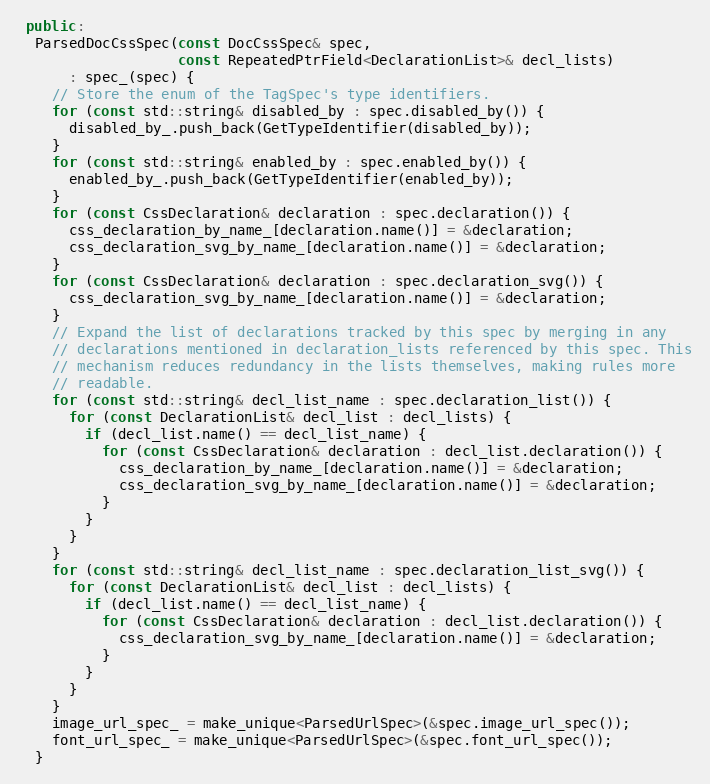
Language: C++
 public:
  ParsedDocCssSpec(const DocCssSpec& spec,
                   const RepeatedPtrField<DeclarationList>& decl_lists)
      : spec_(spec) {
    // Store the enum of the TagSpec's type identifiers.
    for (const std::string& disabled_by : spec.disabled_by()) {
      disabled_by_.push_back(GetTypeIdentifier(disabled_by));
    }
    for (const std::string& enabled_by : spec.enabled_by()) {
      enabled_by_.push_back(GetTypeIdentifier(enabled_by));
    }
    for (const CssDeclaration& declaration : spec.declaration()) {
      css_declaration_by_name_[declaration.name()] = &declaration;
      css_declaration_svg_by_name_[declaration.name()] = &declaration;
    }
    for (const CssDeclaration& declaration : spec.declaration_svg()) {
      css_declaration_svg_by_name_[declaration.name()] = &declaration;
    }
    // Expand the list of declarations tracked by this spec by merging in any
    // declarations mentioned in declaration_lists referenced by this spec. This
    // mechanism reduces redundancy in the lists themselves, making rules more
    // readable.
    for (const std::string& decl_list_name : spec.declaration_list()) {
      for (const DeclarationList& decl_list : decl_lists) {
        if (decl_list.name() == decl_list_name) {
          for (const CssDeclaration& declaration : decl_list.declaration()) {
            css_declaration_by_name_[declaration.name()] = &declaration;
            css_declaration_svg_by_name_[declaration.name()] = &declaration;
          }
        }
      }
    }
    for (const std::string& decl_list_name : spec.declaration_list_svg()) {
      for (const DeclarationList& decl_list : decl_lists) {
        if (decl_list.name() == decl_list_name) {
          for (const CssDeclaration& declaration : decl_list.declaration()) {
            css_declaration_svg_by_name_[declaration.name()] = &declaration;
          }
        }
      }
    }
    image_url_spec_ = make_unique<ParsedUrlSpec>(&spec.image_url_spec());
    font_url_spec_ = make_unique<ParsedUrlSpec>(&spec.font_url_spec());
  }